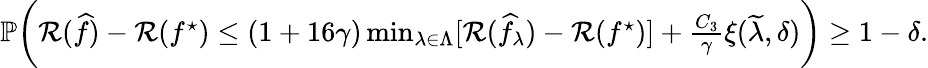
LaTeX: \begin{array}{r}{\mathbb{P}\bigg(\mathcal{R}(\widehat{f})-\mathcal{R}(f^{\star})\leq(1+16\gamma)\operatorname*{min}_{\lambda\in\Lambda}[\mathcal{R}(\widehat{f}_{\lambda})-\mathcal{R}(f^{\star})]+\frac{C_{3}}{\gamma}\xi(\widetilde{\lambda},\delta)\bigg)\geq 1-\delta.}\end{array}